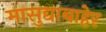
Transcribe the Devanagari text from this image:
मासुद्याबाहेर